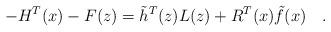
LaTeX: \begin{align*}-H^T(x) -F(z)=\tilde h^T(z)L(z) +R^T(x) \tilde f(x)\quad.\end{align*}